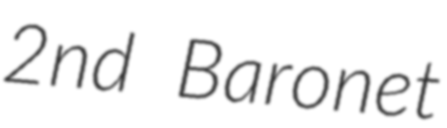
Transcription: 2nd Baronet